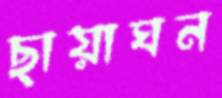
ছায়াঘন